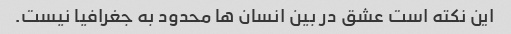
این نکته است عشق در بین انسان ها محدود به جغرافیا نیست.